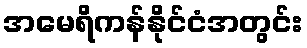
အမေရိကန်နိုင်ငံအတွင်း